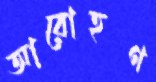
আরোহণ